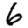
Digit: 6